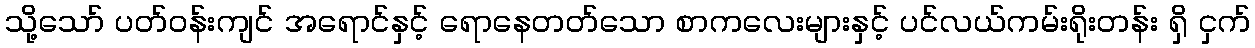
သို့သော် ပတ်ဝန်းကျင် အရောင်နှင့် ရောနေတတ်သော စာကလေးများနှင့် ပင်လယ်ကမ်းရိုးတန်း ရှိ ငှက်